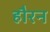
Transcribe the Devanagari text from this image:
हौरन